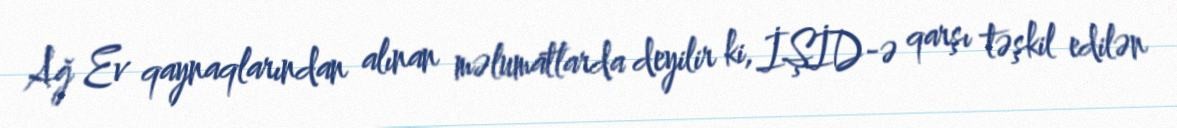
Ağ Ev qaynaqlarından alınan məlumatlarda deyilir ki, İŞİD-ə qarşı təşkil edilən